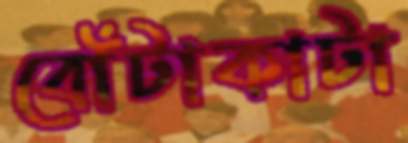
বোঁটাকাটা